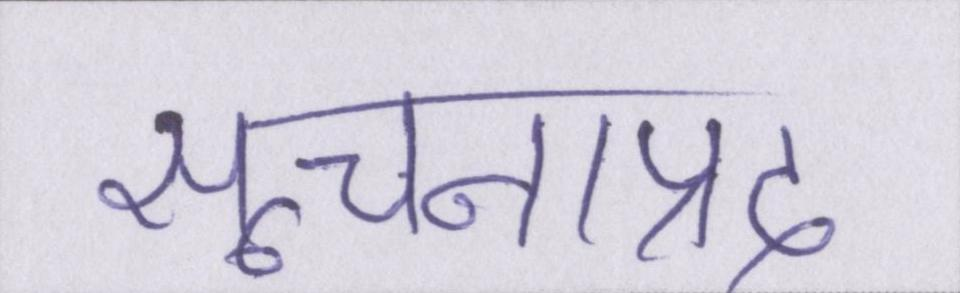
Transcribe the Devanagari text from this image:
सूचनाप्रद